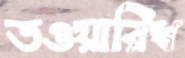
তওয়ারিখ